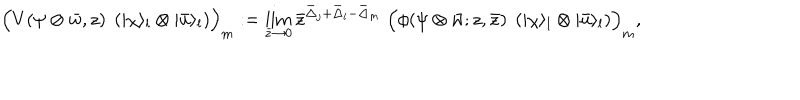
\Bigl ( V ( \psi \otimes \bar { w } , z ) \; \left( | \chi \rangle _ { l } \otimes | \bar { u } \rangle _ { l } \right) \Bigr ) _ { m } : = \lim _ { \bar { z } \rightarrow 0 } \bar { z } ^ { \bar { \Delta } _ { j } + \bar { \Delta } _ { l } - \bar { \Delta } _ { m } } \; \Bigl ( \phi ( \psi \otimes \bar { w } ; z , \bar { z } ) \; \left( | \chi \rangle _ { l } \otimes | \bar { u } \rangle _ { l } \right) \Bigr ) _ { m } ,